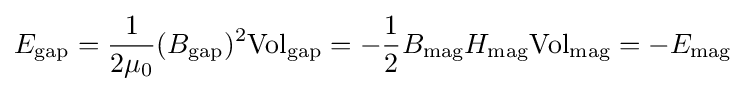
E_{\rm {gap}}={\frac {1}{2\mu _{0}}}(B_{\rm {gap}})^{2}{\rm {Vol}}_{\rm {gap}}=-{\frac {1}{2}}B_{\rm {mag}}H_{\rm {mag}}{\rm {Vol}}_{\rm {mag}}=-E_{\rm {mag}}